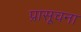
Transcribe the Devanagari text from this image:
प्रासूचना